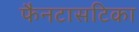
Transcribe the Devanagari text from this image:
फैनटासटिका